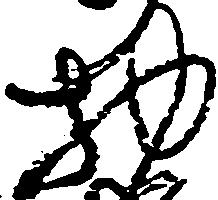
物